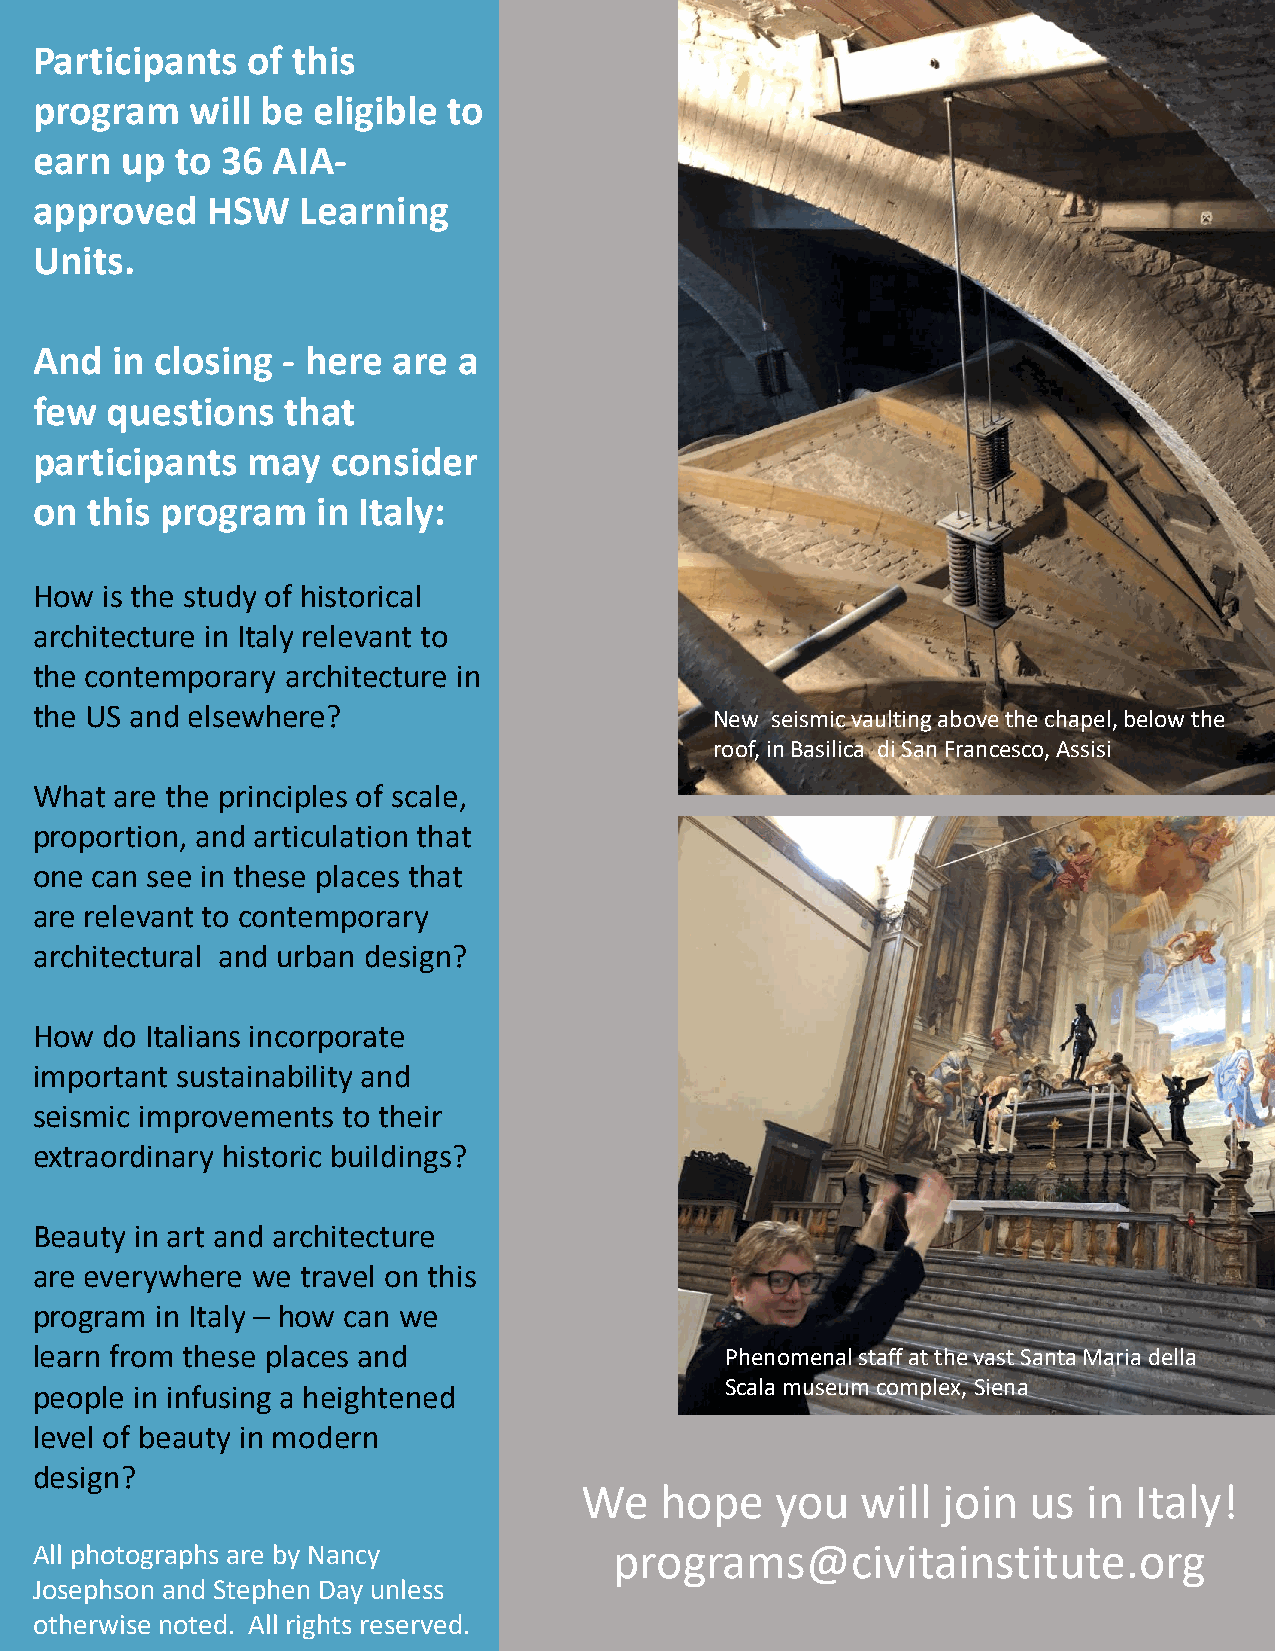
Participants  of this
 program    will be eligible to
 earn  up  to 36 AIA-
 approved    HSW   Learning
 Units.
 And  in closing  - here are a
 few  questions   that
 participants  may   consider
 on  this program   in Italy:
 How  is the study of historical
 architecture in Italy relevant to
 the contemporary architecture in
 the US and elsewhere?
 New seismic vaulting above the chapel, below the
 roof, in Basilica di San Francesco, Assisi
 What  are the principles of scale,
 proportion, and articulation that
 one can see in these places that
 are relevant to contemporary
 architectural and urban design?
 How Tdroa Ivtaelila ntos i ntchoerp oErtartue scan Hill Town region of Italy to discover
 importtahnet ssues tianintaebnilsitey layn db eautiful towns, landscapes and culture.
 seismic improvements to their
 extraordinary historic buildings?
 Beauty in art and architecture
 are everywhere we travel on this
 program in Italy – how can we
 learn from these places and                   Phenomenal staff at the vast Santa Maria della
 Scala museum complex, Siena
 peopleE imn ianiflu usisn ga at hperioghgtreanmeds @civitainstitute.org for more information
 level of beauty in modern
 design?
 We    hope   you   will join  us  in Italy!
 All photographs are by Nancy           programs@civitainstitute.org
 Josephson and Stephen Day unless
 otherwise noted. All rights reserved.